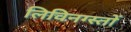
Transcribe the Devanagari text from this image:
लिविनग्स्तों